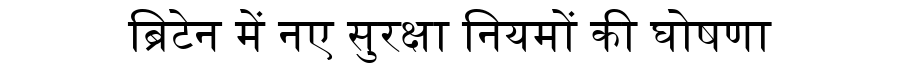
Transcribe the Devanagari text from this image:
ब्रिटेन में नए सुरक्षा नियमों की घोषणा